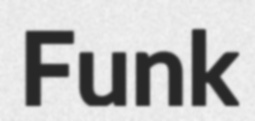
Funk